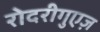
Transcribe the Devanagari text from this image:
रोदरीगुएज़